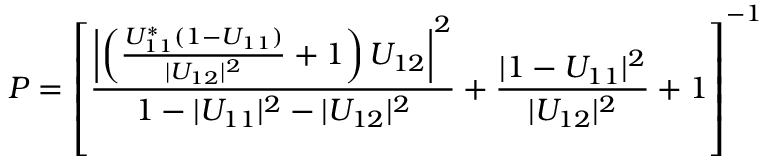
P = \left[ \frac { \left| \left( \frac { U _ { 1 1 } ^ { * } ( 1 - U _ { 1 1 } ) } { | U _ { 1 2 } | ^ { 2 } } + 1 \right) U _ { 1 2 } \right| ^ { 2 } } { 1 - | U _ { 1 1 } | ^ { 2 } - | U _ { 1 2 } | ^ { 2 } } + \frac { | 1 - U _ { 1 1 } | ^ { 2 } } { | U _ { 1 2 } | ^ { 2 } } + 1 \right] ^ { - 1 }